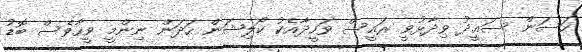
ހަސަން ސަޢީދު ވިދާޅުވީ ރައީސް ވަހީދާއެކު ކޯލިޝަން ހަދަން ނިންމީ ވީހާވެސް ބޮޑު